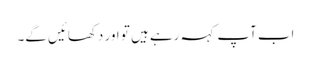
اب آپ کہہ رہے ہیں تو اور دکھائیں گے۔